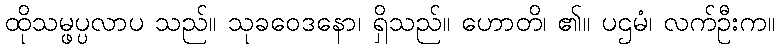
ထိုသမ္ဖပ္ပလာပ သည်။ သုခဝေဒနော၊ ရှိသည်။ ဟောတိ၊ ၏။ ပဌမံ၊ လက်ဦးက။